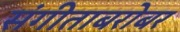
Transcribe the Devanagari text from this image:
संगीताबरोबर